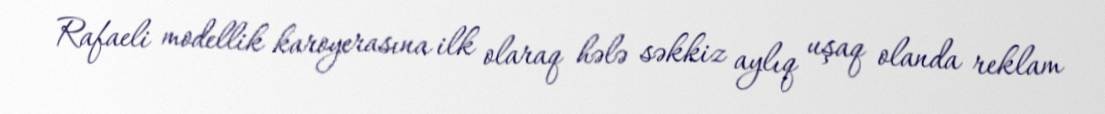
Rafaeli modellik karoyerasına ilk olaraq hələ səkkiz aylıq uşaq olanda reklam